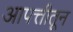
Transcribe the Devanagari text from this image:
आपत्तीतून